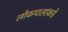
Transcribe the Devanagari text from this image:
लोकपालांकडे